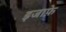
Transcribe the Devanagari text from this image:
इजाफ़े